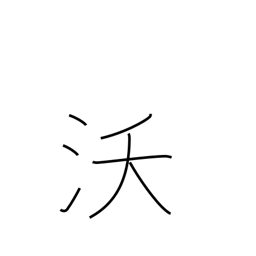
Meaning: fertility